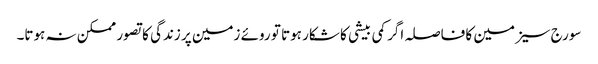
سورج سیزمین کا فاصلہ اگر کمی بیشی کا شکار ہوتا تو روئے زمین پر زندگی کا تصور ممکن نہ ہوتا۔